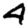
Digit: 4